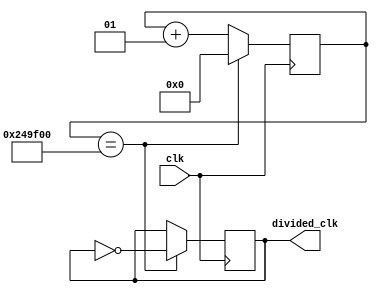
module clock_divider(
    input clk,
    output reg divided_clk = 0
    );

	integer counter_value = 0;
	 
	always@ (posedge clk)
		begin
			if(counter_value == 2400000)
				counter_value <= 0;
			else
				counter_value <= counter_value + 1;
		end
		
	 always@ (posedge clk)
		begin
			if(counter_value == 2400000)//2400000
				divided_clk <= ~divided_clk;
			else
				divided_clk <= divided_clk;
		end
endmodule